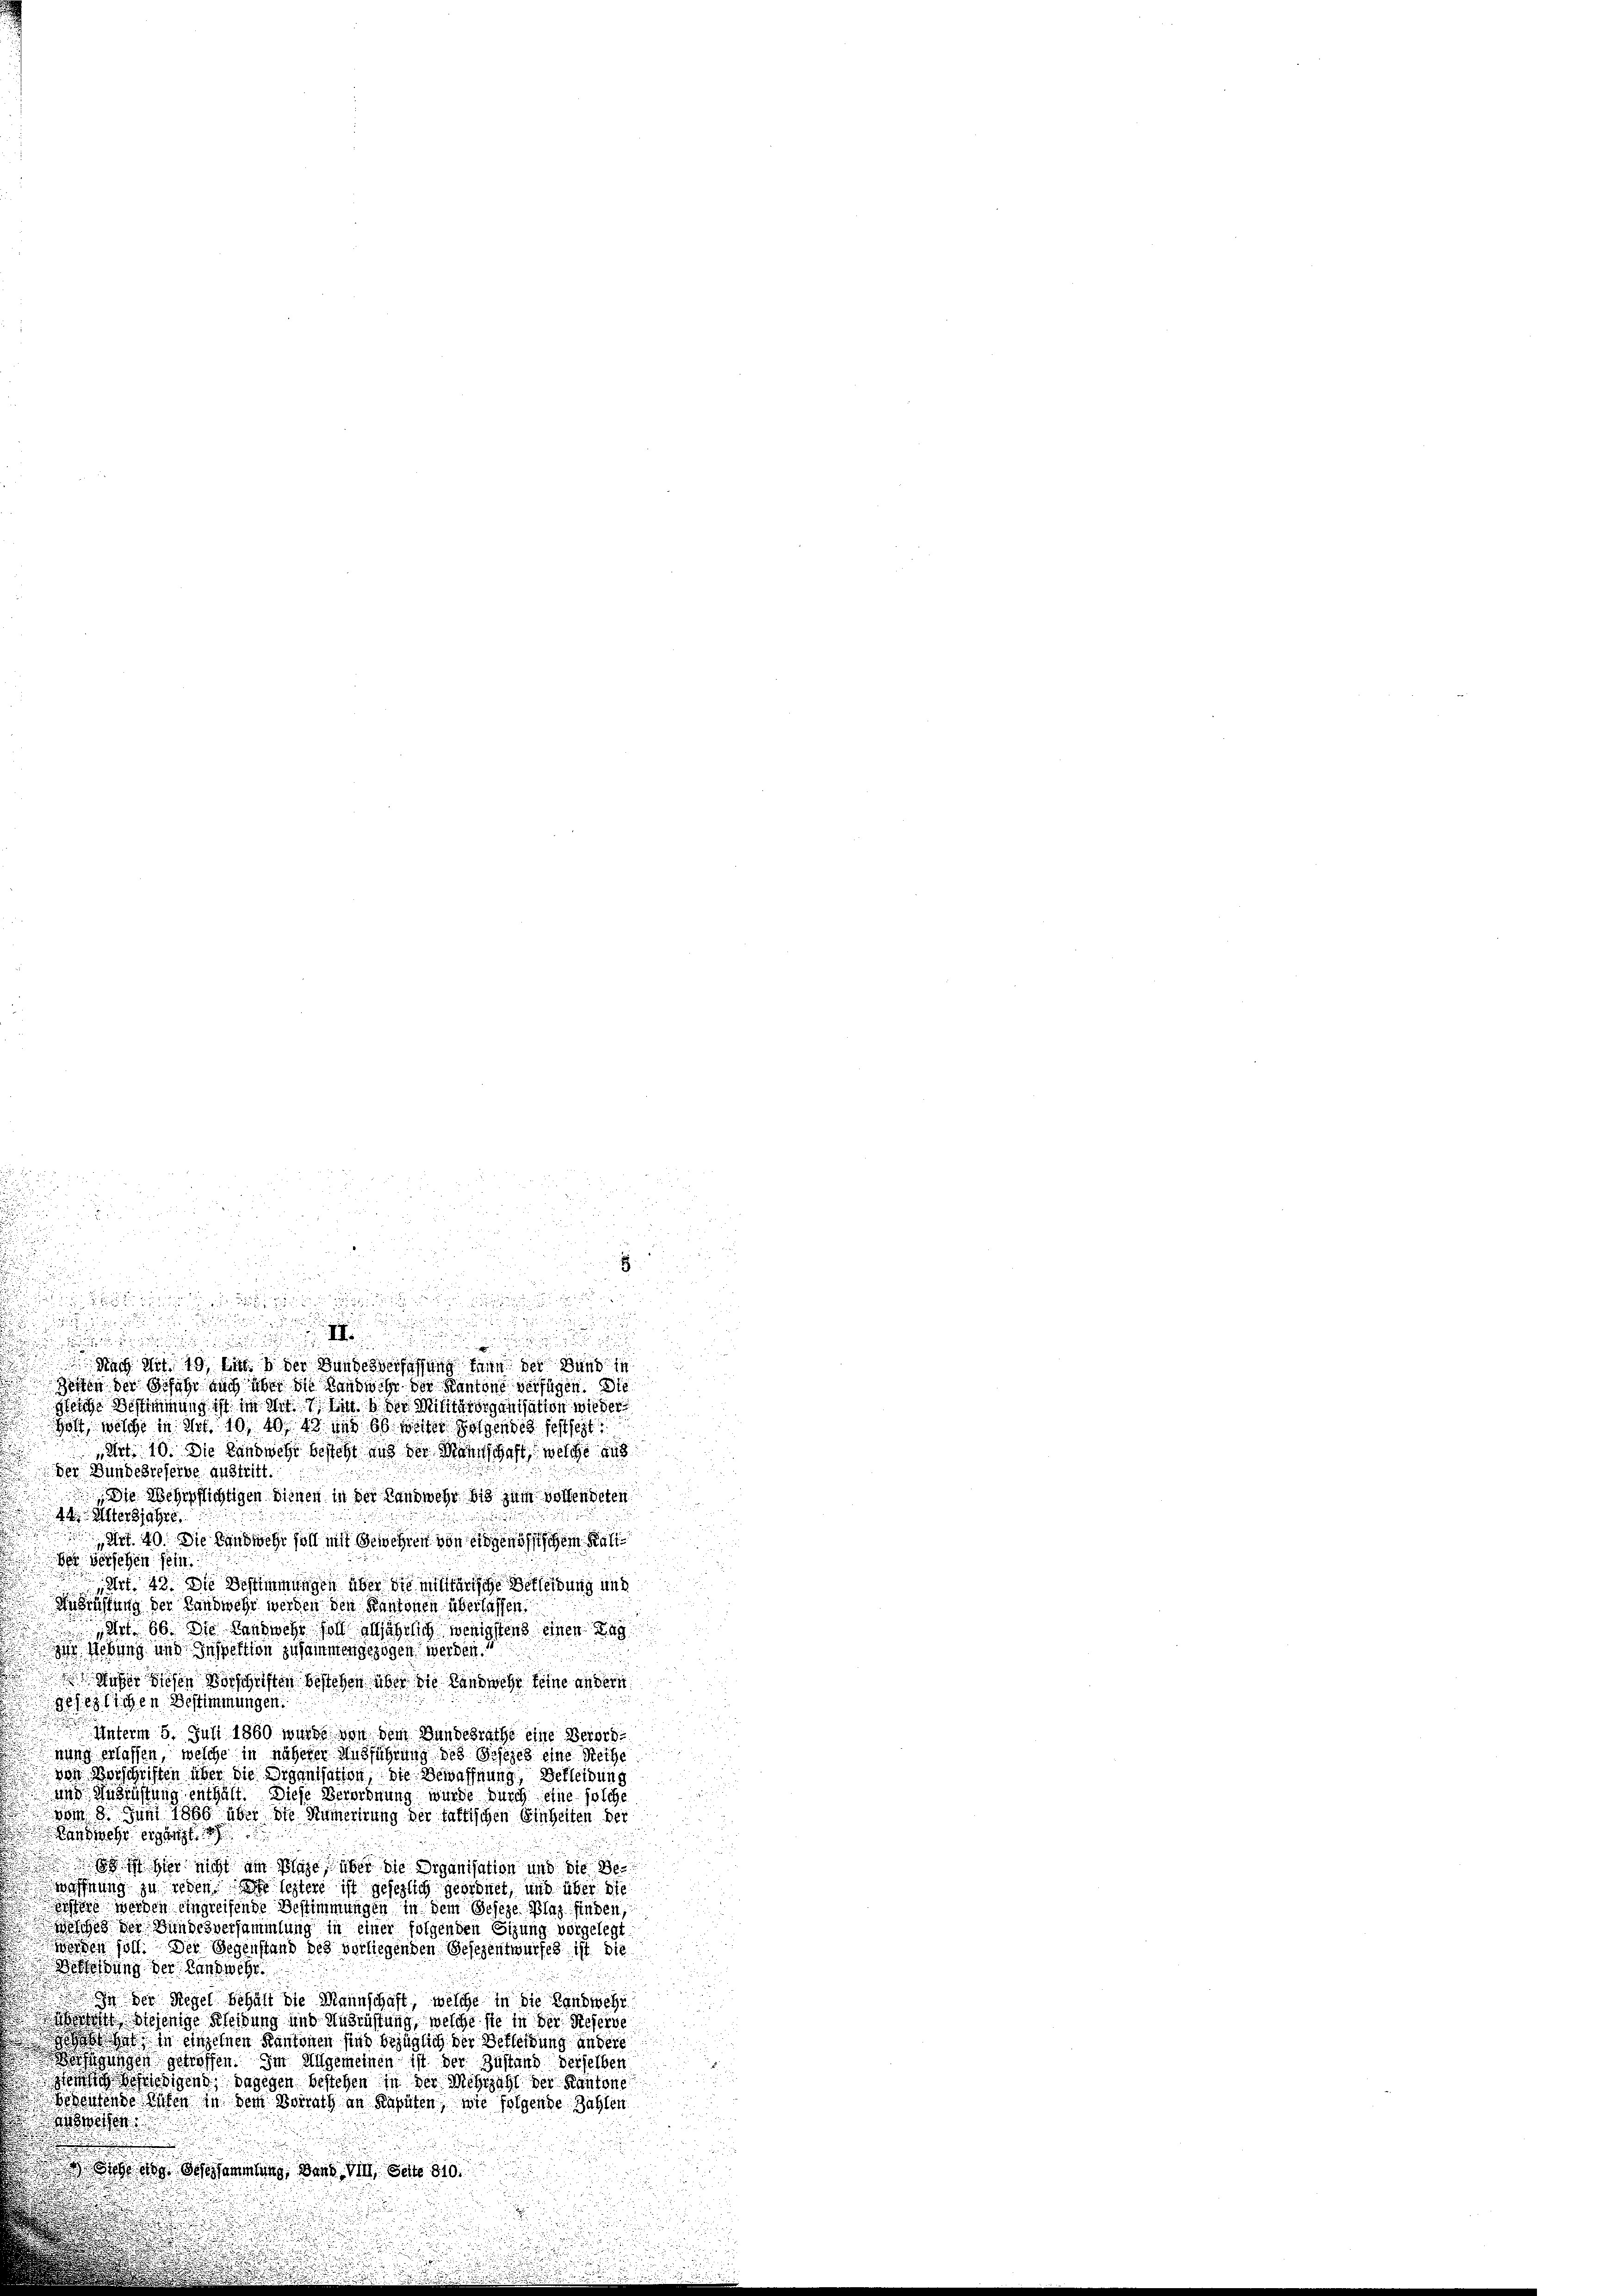
u

5
u
n
E
.
u
u

d

i

d

d
d

 Nach der 19, lieb der Bundesverfassung dann der Bund in

Zösten der Schaft auch aber die Landwehr der Kantone verfügen. Die
d
eiche Bestimmung ist in mit in der Militärorganisation wieder
Holt, welche in Art. 10. 10, 13 und 66 weiter Folgendes festset
Art. 10. Die Landwehr besteht und der Mannschaft, welche aus
der Bundesreferne Austritt.
Die Wehrpflichtigen Dienen in der Landwehr bis zum vollendeten
44 Altersjahre
Art. 40. Die landwehr soll mit Gewehren von eidgenössischen Kal
e verschen sein
Art. 43. Die Bestimmungen aber die mitterische Bekleidung und
Ausrüstung der Landwehr werden den Kantonen überlassen.
„Art. 86. Die Handwehe soll alljährlich wenigstens einen Tag
 Hebung und Inspektion zusammengezogen werden.
Waßer diesen Vorschriften bestehen über die Landwehr keine andern
ehelichen Bestimmungen.
 Unterm 5. Juni 1860 wurde von dem Bundesrathe eine Verordnung erlassen, welche in näherer Ausführung des Gesezes eine Reche
Den Vorschriften über die Organisation, die Bewaffnung, Berleibung
und Ausrüstung enthält. Diese Verordnung wurde durch eine solche
vom 8. Juni 1856 über die Numerirung der fattischen Einheiten der
Landwehr ergänzt.
 st hier nicht am Plage über die Organisation und die Bewöffnung zu reden se leztere ist gesezlich geordnet, und über die
ochtens werden eingreifende Bestimmungen in dem Geseze Plaz finden,
wisches der Bundesversammlung in einer folgenden Sizung vorgelegt
weigen soll. Der Gegenstand des vorliegenden Gesezentwurfes ist die
Besleitung der Landwehr
n der Regel behalt die Mannschaft, welche in die Landwehr
o Diejenige Kleidung und Ausrüstung, welche sie in der Reserve
habt hat in einzelnen Kantonen sind bezüglich der Verleibung andere
Weistigungen getroffen. Im Allgemeinen ist der Zustand derselben
eh befriedigens, dagegen bestehen in der Mehrzahl der Kantone
Behaufende Rüfen in dem Vorrath an Kaputen, wie folgende Zahlen
weten
iehe an Gesammlung, dann Vill, Seite 810.